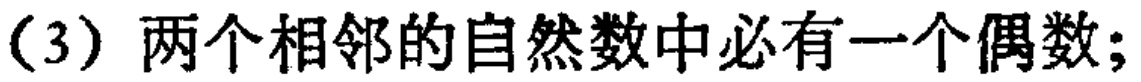
（3）两个相邻的自然数中必有一个偶数;